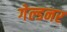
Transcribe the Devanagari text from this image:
गेल्डनर